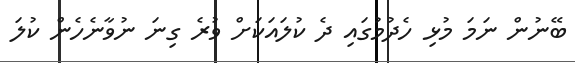
ބޭނުން ނަމަ މުޅި ހެދުމުގައި ދެ ކުލައަކަށް ވުރެ ގިނަ ނުވާނެހެން ކުލަ